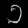
Digit: ၁